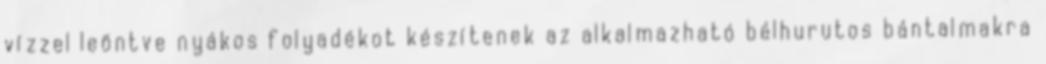
vízzel leöntve nyákos folyadékot készítenek az alkalmazható bélhurutos bántalmakra